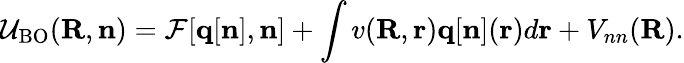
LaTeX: {\displaystyle{\cal U}_{\mathrm{BO}}({\mathbf R},{\mathbf n})={\cal F}[{\mathbf q}[{\mathbf n}],{\mathbf n}]+\int v({\mathbf R},{\mathbf r}){\mathbf q}[{\mathbf n}]({\mathbf r})d{\mathbf r}+V_{nn}({\mathbf R})}.